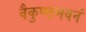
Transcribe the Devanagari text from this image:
वैकुण्ठभवनं